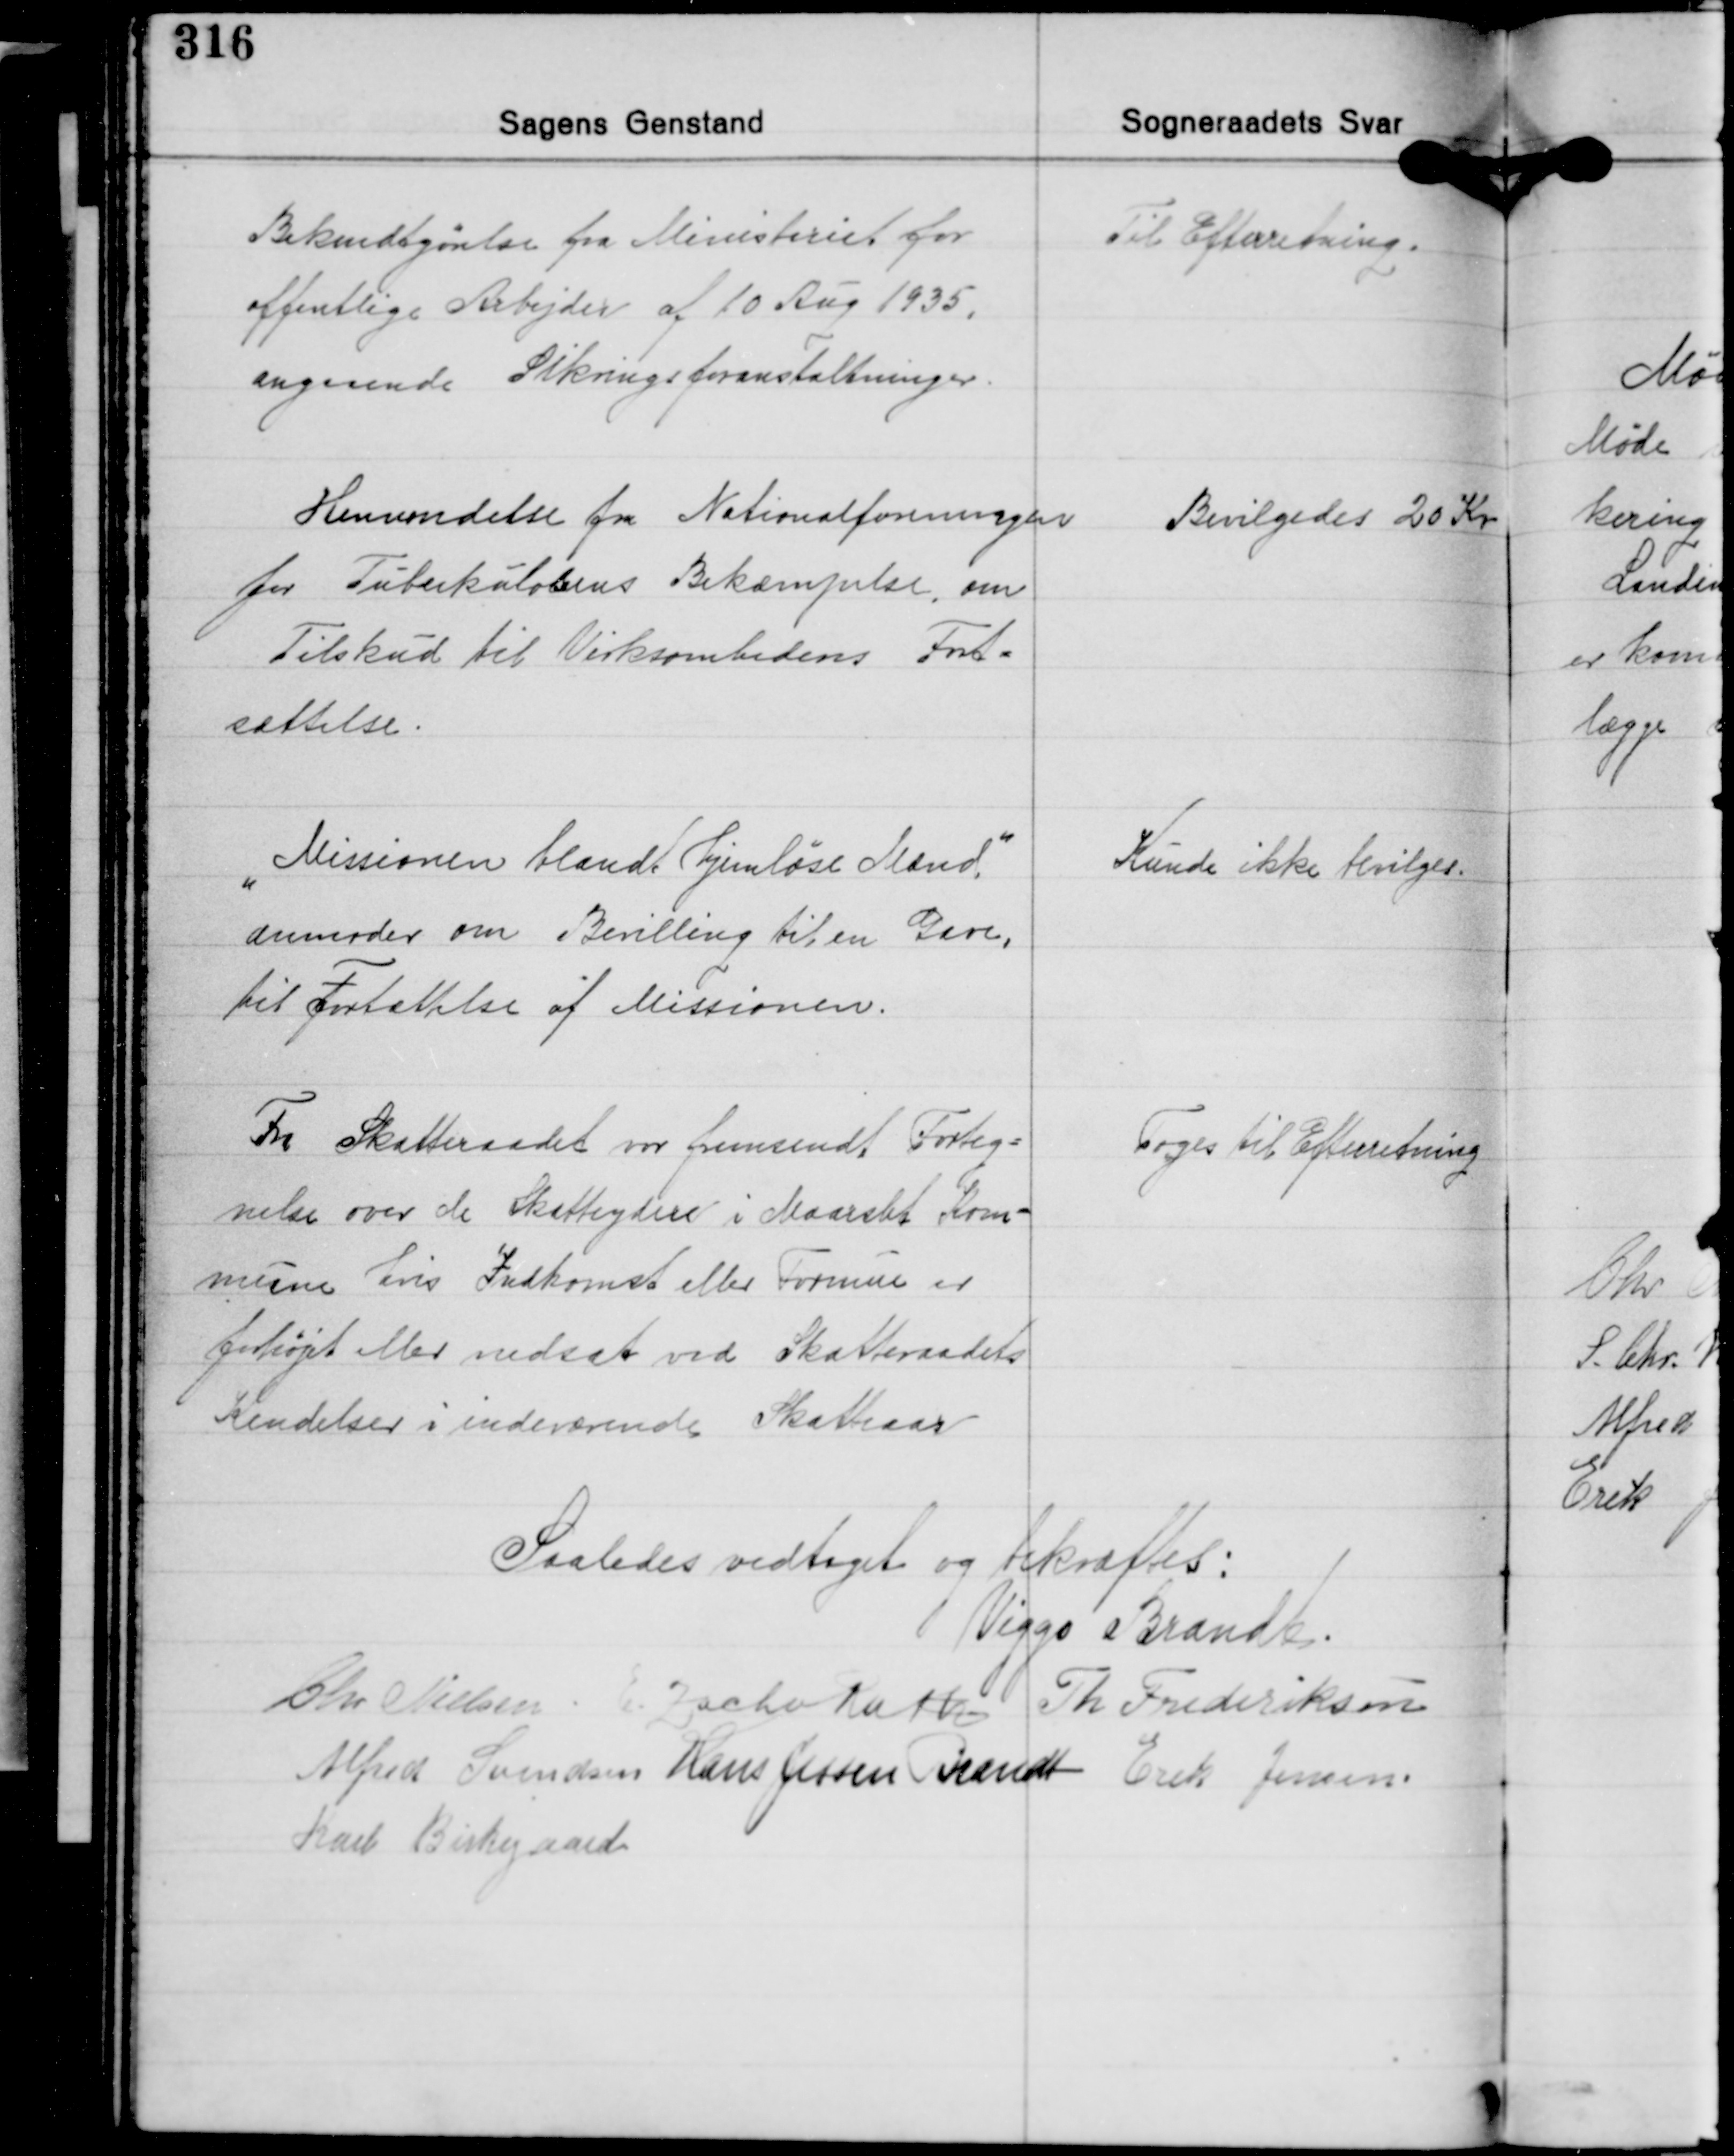
Transskription:
Bekendtgørelse fra Ministeriet for
offentlige Arbejder af 10 Aug. 1935
angaaende Sikringsforanstaltninger.

Til Efterretning.

Henvendelse fra Nationalforeningen
for Tuberkulosens Bekæmpelse, om
Tilskud til Virksomhedens Fort-
sættelse.

Bevilgedes 20 Kr.

"Missionen blandt hjemløse Mænd".
anmoder om Bevilling til en Gave,
til Fortsættelse af Missionen.

Kunde ikke bevilges.

Fra Skatteraadet var femsendt Forteg-
nelse over de Skatteydere i Maarslet Kom-
mune hvis Indkomst eller Formue er
forhøjet eller nedsat ved Skatteraadets
Kendelser i indeværende Skateaar.

Toges til Efterretning

Saaledes vedtaget og bekræftes:
Viggo Brandt
Chr. Nielsen E. Zacho Rath Th. Frederiksen
Alfred Svendsen Hans Jessen Brandt Erik Jensen
Karl Birkegaard